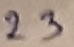
Text: 23